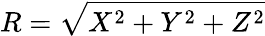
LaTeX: R=\sqrt{X^{2}+Y^{2}+Z^{2}}